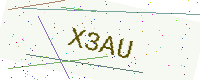
Text: X3AU